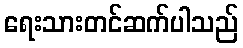
ရေးသားတင်ဆက်ပါသည်